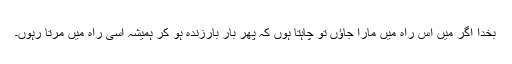
بخدا اگر میں اس راہ مَیں مارا جاؤں تو چاہتا ہوں کہ پھر بار بارزندہ ہو کر ہمیشہ اسی راہ میں مرتا رہوں۔